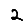
Digit: 2